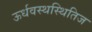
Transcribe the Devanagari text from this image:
ऊर्धवस्थस्थितिज